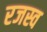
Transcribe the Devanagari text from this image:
रजस्व